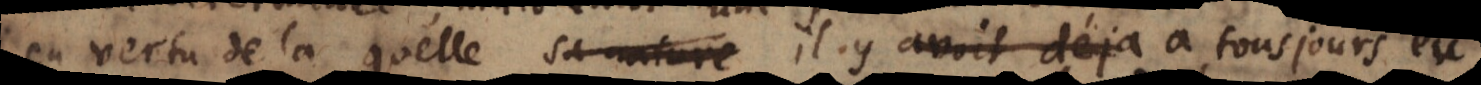
en vertu de la quelle il y a tousjours eu